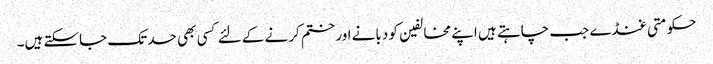
حکومتی غنڈے جب چاہتے ہیں اپنے مخالفین کو دبانے اور ختم کرنے کے لئے کسی بھی حد تک جاسکتے ہیں۔